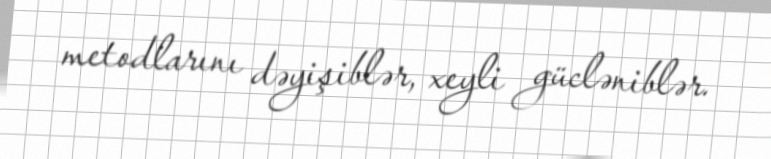
metodlarını dəyişiblər, xeyli gücləniblər.